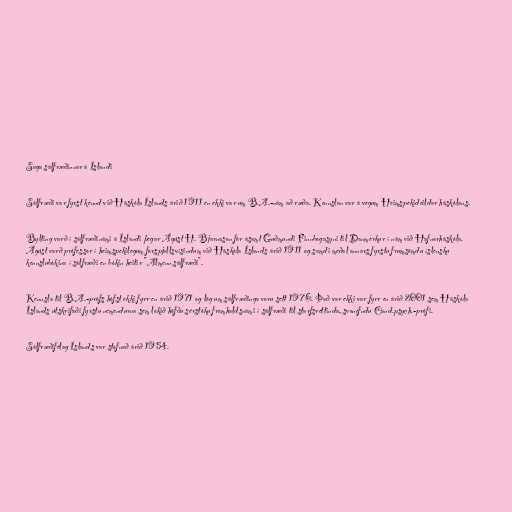
Saga sálfræðinnar á Íslandi

Sálfræði var fyrst kennd við Háskóla Íslands árið 1911 en ekki var um B.A.-nám að ræða. Kennslan var á vegum Heimspekideildar háskólans.

Bylting varð í sálfræðinámi á Íslandi þegar Ágúst H. Bjarnason fór ásamt Guðmundi Finnbogasyni til Danmerkur í nám við Hafnarháskóla.
Ágúst varð prófessor í heimspekilegum forspjallsvísindum við Háskóla Íslands árið 1911 og samdi meðal annars fyrstu frumsömdu íslensku
kennslubókina í sálfræði en bókin heitir "Almenn sálfræði".

Kennsla til B.A.-prófs hófst ekki fyrr en árið 1971 og lög um sálfræðinga voru sett 1976. Það var ekki var fyrr en árið 2001 sem Háskóla
Íslands útskrifaði fyrstu nemendurna sem lokið höfðu sérstöku framhaldsnámi í sálfræði til starfsréttinda, svonefndu Cand.psych.-prófi.

Sálfræðifélag Íslands var stofnað árið 1954.